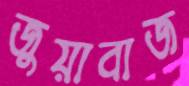
জুয়াবাজ